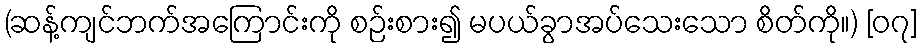
(ဆန့်ကျင်ဘက်အကြောင်းကို စဉ်းစား၍ မပယ်ခွာအပ်သေးသော စိတ်ကို။) [၀၇]